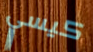
كيسي